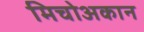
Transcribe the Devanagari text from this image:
मिचोअकान